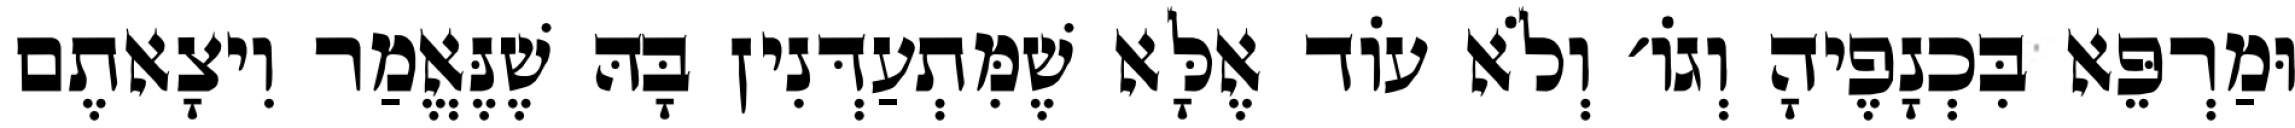
וּמַרְפֵּא בִּכְנָפֶיהָ וְגוֹ׳ וְלֹא עוֹד אֶלָּא שֶׁמִּתְעַדְּנִין בָּהּ שֶׁנֶּאֱמַר וִיצָאתֶם